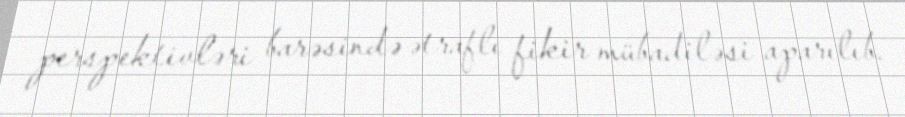
perspektivləri barəsində ətraflı fikir mübadiləsi aparılıb.